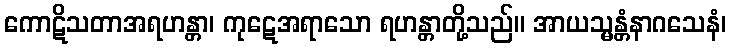
ကောဋိသတာအရဟန္တာ၊ ကုဋေအရာသော ရဟန္တာတို့သည်။ အာယသ္မန္တံနာဂသေနံ၊